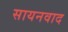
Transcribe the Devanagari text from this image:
सायनवाद